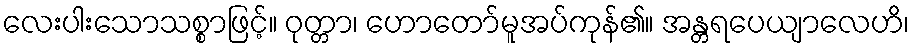
လေးပါးသောသစ္စာဖြင့်။ ဝုတ္တာ၊ ဟောတော်မူအပ်ကုန်၏။ အန္တရပေယျာလေဟိ၊